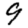
Digit: 9